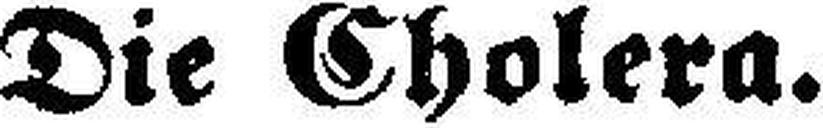
Die Cholera.